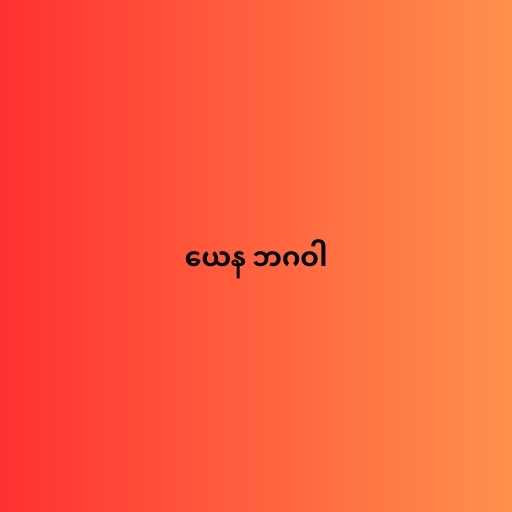
ယေန ဘဂဝါ